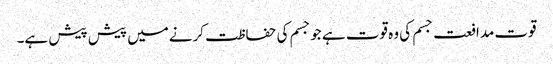
قوت مدافعت جسم کی وہ قوت ہے جوجسم کی حفاظت کرنےمیں پیش پیش ہے۔